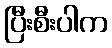
ပြီးစီးပါက